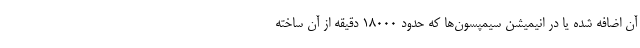
آن اضافه شده یا در انیمیشن سیمپسون‌ها که حدود ۱۸۰۰۰ دقیقه از آن ساخته